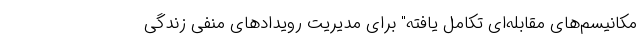
مکانیسم‌های مقابله‌ای تکامل یافته" برای مدیریت رویدادهای منفی زندگی